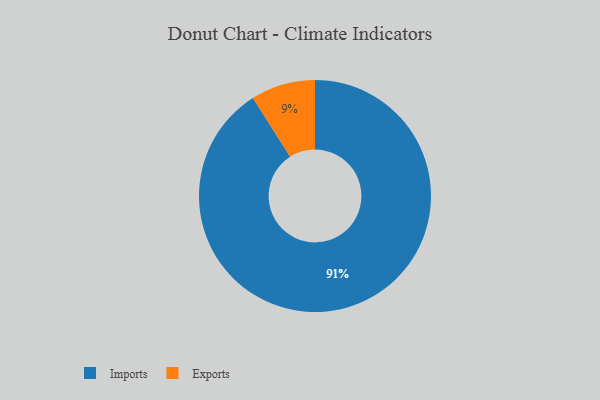
{"axis": {"x": "Category", "y": "Percentage"}, "legend": ["Exports", "Imports"], "data": [{"x": "Imports", "y": 91, "type": "Imports"}, {"x": "Exports", "y": 9, "type": "Exports"}]}